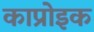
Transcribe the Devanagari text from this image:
काप्रोइक